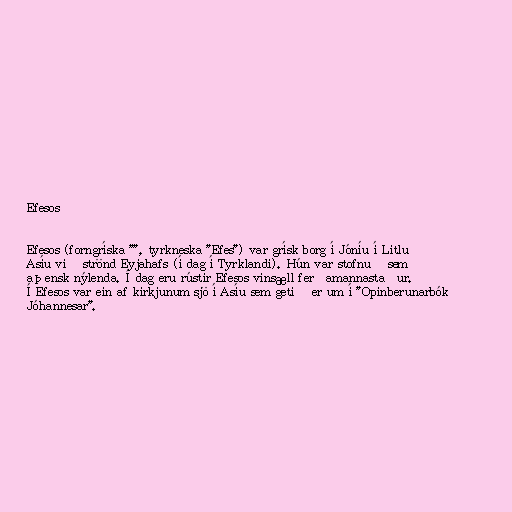
Efesos

Efesos (forngríska "", tyrkneska "Efes") var grísk borg í Jóníu í Litlu
Asíu við strönd Eyjahafs (í dag í Tyrklandi). Hún var stofnuð sem
aþensk nýlenda. Í dag eru rústir Efesos vinsæll ferðamannastaður.
Í Efesos var ein af kirkjunum sjö í Asíu sem getið er um í "Opinberunarbók
Jóhannesar".